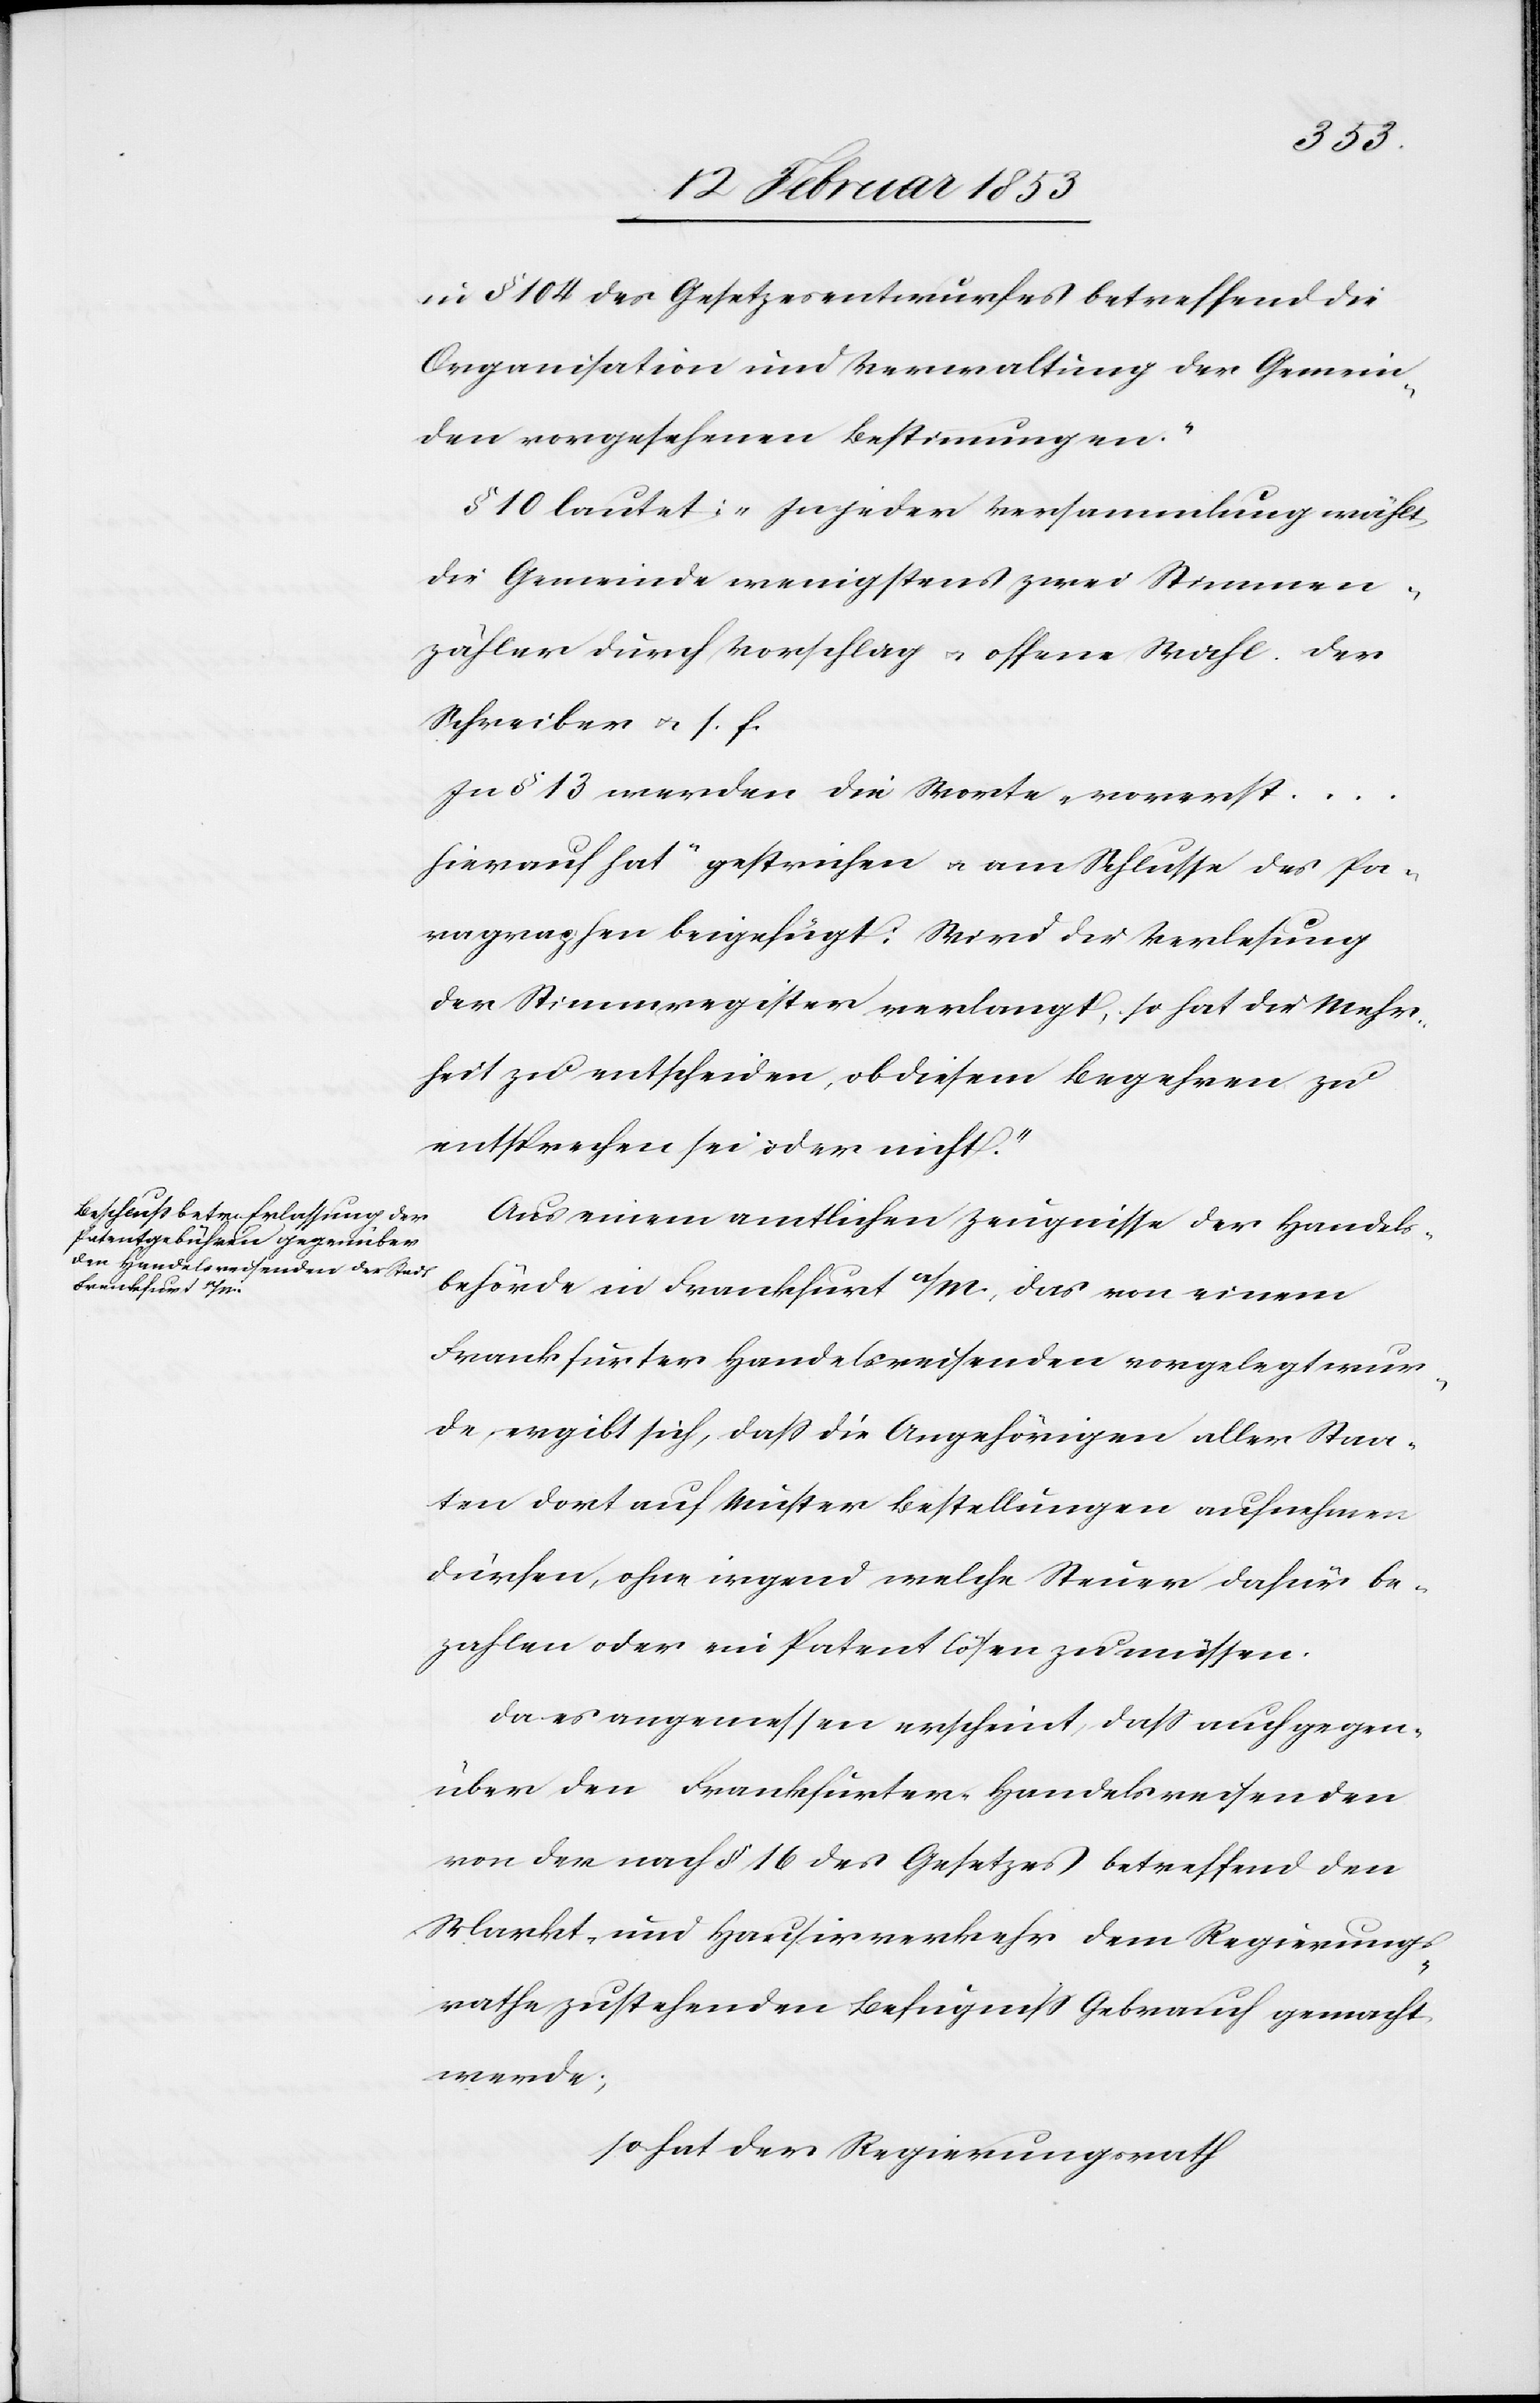
in § 104 des Gesetzesentwurfes betreffend die
Organisation und Verwaltung der Gemein¬
den vorgesehenen Bestimmungen.“
§ 10 lautet: “In jeder Versammlung wächst
die Gemeinde wenigstens zwei Stimmen¬
zähler durch Vorschlag u. offene Wahl. Der
Schreiber u. s. f.
In § 13 werden die Worte „vorerst…h¬
ierauf hat“ gestrichen u. am Schlusse des Pa¬
ragraphen beigefügt: Wird die Verlesung
der Stimmregister verlangt, so hat die Mehr¬
heit zu entscheiden, ob diesem Begehren zu
entsprechen sei oder nicht.“
Aus einem amtlichen Zeugnisse der Handels¬
behörde in Frankfurt a/M. das von einem
Frankfurter Handelsreisenden vorgelegt wur¬
de ergibt sich, daß die Angehörigen aller Staa¬
ten dort auf Muster Bestellungen aufnehmen
dürfen, ohne irgend welche Steuer dafür be¬
zahlen oder ein Patent lösen zu müssen.
Da es angemessen erscheint, daß auch gegen¬
über den Frankfurter Handelsreisenden
von der nach § 16 des Gesetzes betreffend den
Markt- und Hausirverkehr dem Regierungs¬
rathe zustehenden Befugniß Gebrauch gemacht
werde;
so hat der Regierungsrath